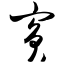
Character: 宾